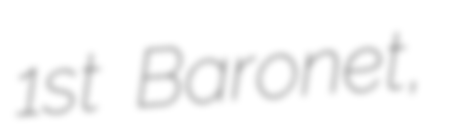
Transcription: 1st Baronet,